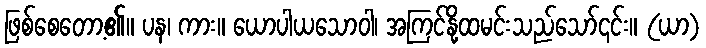
ဖြစ်စေတော့၏။ ပန၊ ကား။ ယောပါယသောဝါ၊ အကြင်နို့ထမင်းသည်သော်၎င်း။ (ယာ)